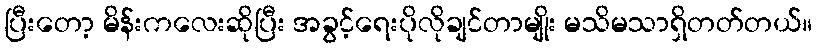
ပြီးတော့ မိန်းကလေးဆိုပြီး အခွင့်ရေးပိုလိုချင်တာမျိုး မသိမသာရှိတတ်တယ်။